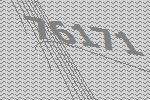
76171